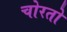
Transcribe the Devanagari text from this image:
चोरतो